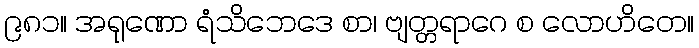
၉၈၁။ အရုဏော ရံသိဘေဒေ စာ၊ ဗျတ္တရာဂေ စ လောဟိတေ။